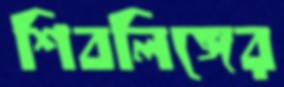
শিবলিঙ্গের